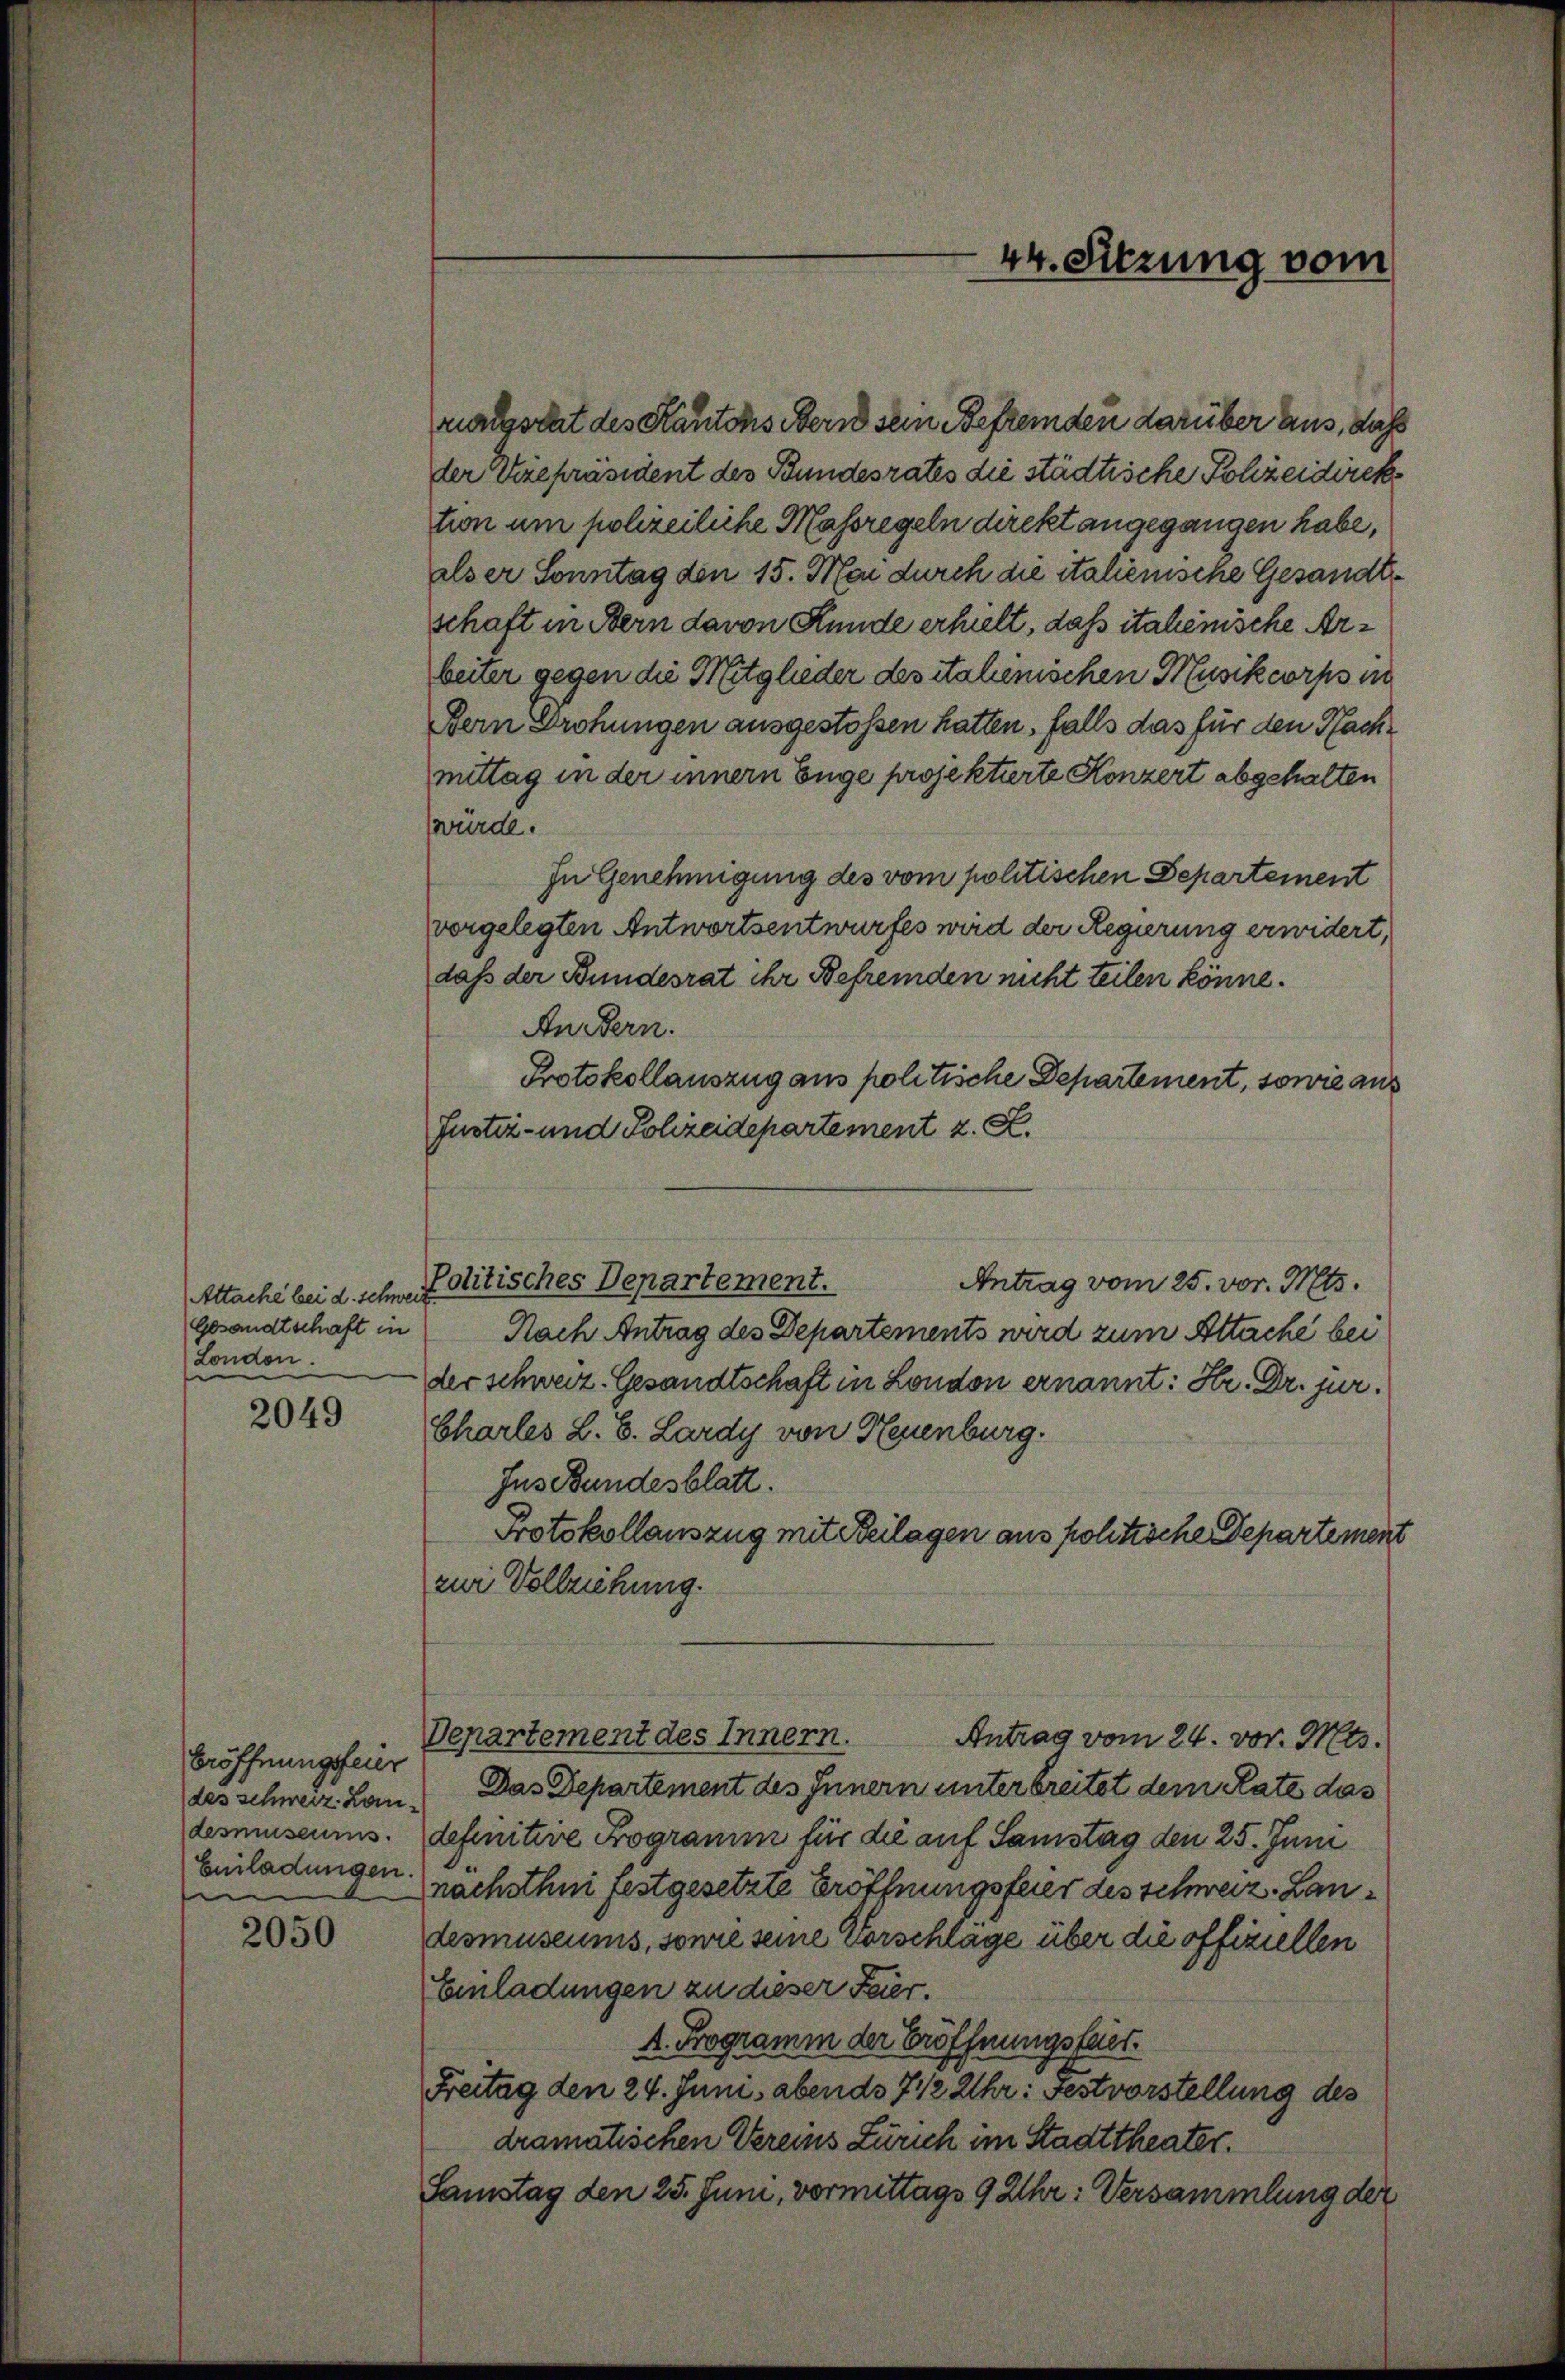
Attache bei d. Schweiz
Gesandtschaft in
London.

2049

Eröffnungsfeier
des schweiz. Landesmuseums.
Einladungen.

2050

rangsrat des Kantons Bern sein Befremden darüber aus, dass
der Verepräsident des Bundesrates die städtische Schreidirektion um polizeiliche Massregeln direkt angegangen habe,
alser Sonntag den 15. Mai durch die italienische Gesandtschaft in Bern davon Kunde erhielt, das italienische Arbeiter gegen die Mitglieder des italinischen Musikcorps in
Bern Drohungen ausgestossen hatten, falls das für den Nachmittag in der innern Enge projektierte Konzert abgehalten
würde.
In Genehmigung des vom politischen Departement
vorgelegten Antwortsentwurfes wird der Regierung erwidert,
daß der Bundesrat ihr Befremden nicht teilen könne.
Andern.
Protokollauszug aus politische Departement, sowie aus
Justiz- und Polizeidepartement z. S.
Antrag vom 25. vor. Mts.
Nach Antrag des Departements wird zum Attache bei
der schweiz. Gesandtschaft in London ernannt: Hr. Dr. jur.
Charles L. B. Lardy von Neuenburg.
Ins Bundesblatt.
Protokollauszug mit Beilagen aus politische Departement
zur Vollziehung.
Departement des Innern.
Antrag vom 24. vor. Mts.
Das Departement des Innern unterbreitet dem Rate das
definitive Bogramm für die auf Samstag den 25. Juni
nachsthni festgesetzte Eröffnungsfeier des schweiz. Landesmuseums, sowie seine vorschlage über die offiziellen
Einladungen zu dieser Feier.
A. Programm der Eröffnungsfeier.
Freitag den 24. Juni abends 7 1/2 Uhr: Festvorstellung des
dramatischen Vereins Zürich im Stadttheater.
Samstag den 25. Juni, vormittags 9 Uhr: Versammlung der

Politisches Departement.

44. Sitzung vom